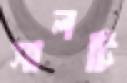
সালটি